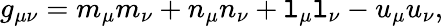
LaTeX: g_{\mu\nu}=m_{\mu}m_{\nu}+n_{\mu}n_{\nu}+\mathtt{l}_{\mu}\mathtt{l}_{\nu}-u_{\mu}u_{\nu},